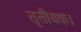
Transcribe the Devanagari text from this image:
तृतीयक।